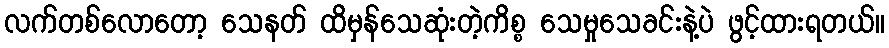
လက်တစ်လောတော့ သေနတ် ထိမှန်သေဆုံးတဲ့ကိစ္စ သေမှုသေခင်းနဲ့ပဲ ဖွင့်ထားရတယ်။